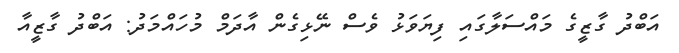
އަބްދު ގާޒީގެ މައްސަލާގައި ފިޔަވަޅު ވެސް ނޭޅިގެން އާދަމް މުހައްމަދު: އަބްދު ގާޒީއާ